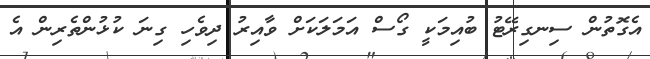
އެގޮތުން ސިނގިރޭޓު ބުއިމަކީ ގޯސް އަމަލަކަށް ވާއިރު ދިވެހި ގިނަ ކުޅުންތެރިން އެ